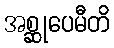
အစ္ဆုပေမီတိ